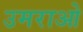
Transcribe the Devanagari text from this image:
उमराओ